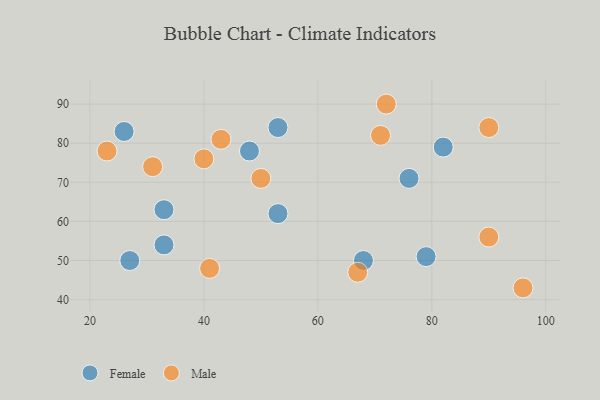
{"axis": {"x": "GDP", "y": "Life Expectancy"}, "legend": ["Female", "Male"], "data": [{"x": "82", "y": 79, "type": "Female"}, {"x": "68", "y": 50, "type": "Female"}, {"x": "33", "y": 63, "type": "Female"}, {"x": "33", "y": 54, "type": "Female"}, {"x": "53", "y": 62, "type": "Female"}, {"x": "76", "y": 71, "type": "Female"}, {"x": "53", "y": 84, "type": "Female"}, {"x": "27", "y": 50, "type": "Female"}, {"x": "26", "y": 83, "type": "Female"}, {"x": "79", "y": 51, "type": "Female"}, {"x": "48", "y": 78, "type": "Female"}, {"x": "72", "y": 90, "type": "Male"}, {"x": "90", "y": 84, "type": "Male"}, {"x": "23", "y": 78, "type": "Male"}, {"x": "40", "y": 76, "type": "Male"}, {"x": "31", "y": 74, "type": "Male"}, {"x": "71", "y": 82, "type": "Male"}, {"x": "41", "y": 48, "type": "Male"}, {"x": "96", "y": 43, "type": "Male"}, {"x": "90", "y": 56, "type": "Male"}, {"x": "67", "y": 47, "type": "Male"}, {"x": "43", "y": 81, "type": "Male"}, {"x": "50", "y": 71, "type": "Male"}]}